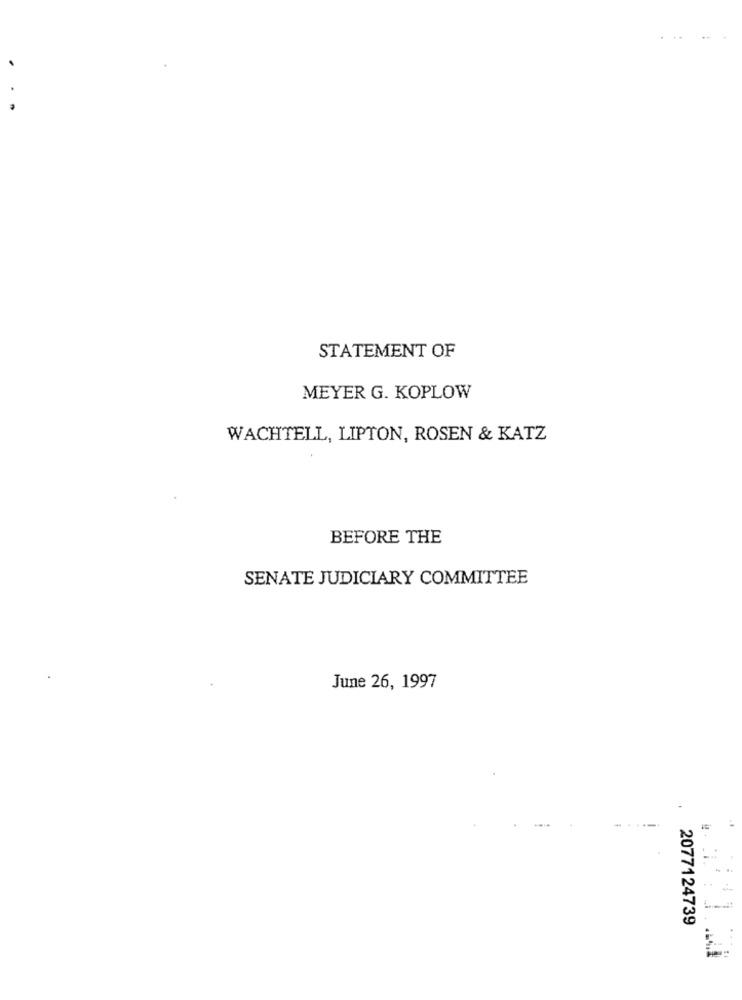
STATEMENT OF
MEYER G. KOPLOW
WACHTELL, LIPTON, ROSEN & KATZ
BEFORE THE
SENATE JUDICIARY COMMITTEE
June 26, 1997
--
..
2077124739